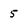
Character: 5